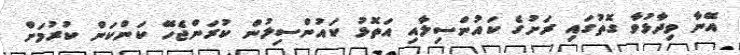
އޭނާ ވިދާޅުވާ ގޮތުގައި ރަށުގެ ކައުންސިލާއި އަތޮޅު ކައުންސިލުން ކުރަންޖެހޭ ކަންކަން ކުރުމަށް